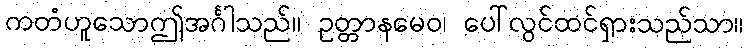
ကတံဟူသောဤအင်္ဂါသည်။ ဥတ္တာနမေဝ၊ ပေါ်လွင်ထင်ရှားသည်သာ။